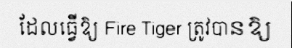
ដែលធ្វើឱ្យ Fire Tiger ត្រូវបានឱ្យ